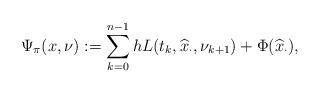
LaTeX: \begin{align*} \Psi_\pi(x,\nu):= \sum_{k=0}^{n-1} h L ( t_k, \widehat{x}_{\cdot}, \nu_{k+1} ) + \Phi(\widehat{x}_{\cdot}),\end{align*}